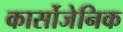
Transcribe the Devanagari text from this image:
कार्सोजेनिक